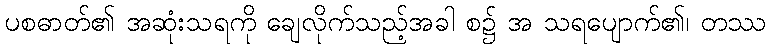
ပစဓာတ်၏ အဆုံးသရကို ချေလိုက်သည့်အခါ စ၌ အ သရပျောက်၏၊ တဿ